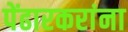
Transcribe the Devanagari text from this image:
पेंढारकरांना